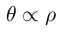
\theta \propto \rho